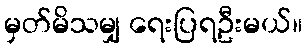
မှတ်မိသမျှ ရေးပြရဦးမယ်။